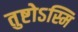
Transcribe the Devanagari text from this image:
तुष्टोऽस्मि